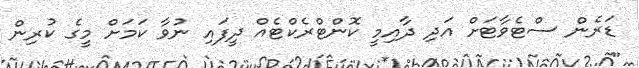
ޑަރެން ސްޓެވާޓަށް އަދި ދާއިމީ ކޮންޓްރެކްޓެއް ދީފައި ނުވާ ކަމަށް މީގެ ކުރިން